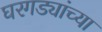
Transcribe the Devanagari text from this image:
घरगड्यांच्या